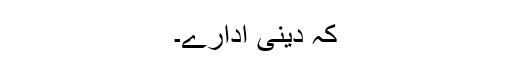
کہ دینی ادارے۔